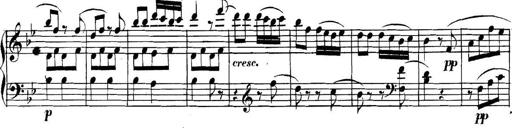
Title: Collected Piano Sonatas
Composer: Muzio Clementi